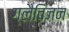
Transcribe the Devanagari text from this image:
ग्लैविजन